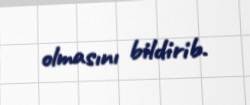
olmasını bildirib.